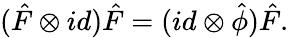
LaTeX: (\hat{F}\otimes id)\hat{F}=(id\otimes{\hat{\phi}})\hat{F}.